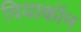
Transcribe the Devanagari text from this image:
वियाकॉम